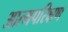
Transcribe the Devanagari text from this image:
आत्मपरिक्षण